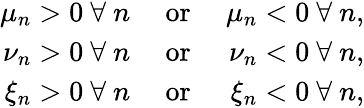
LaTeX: \begin{array}{rlr}{\mu_{n}>0\mathrm{~}\forall\mathrm{~}n}&{\mathrm{~or~}}&{\mu_{n}<0\mathrm{~}\forall\mathrm{~}n,}\\ {\nu_{n}>0\mathrm{~}\forall\mathrm{~}n}&{\mathrm{~or~}}&{\nu_{n}<0\mathrm{~}\forall\mathrm{~}n,}\\ {\xi_{n}>0\mathrm{~}\forall\mathrm{~}n}&{\mathrm{~or~}}&{\xi_{n}<0\mathrm{~}\forall\mathrm{~}n,}\end{array}